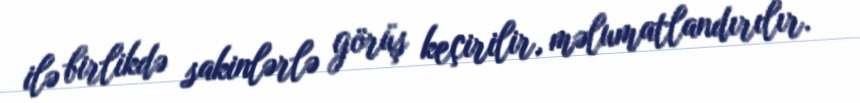
ilə birlikdə sakinlərlə görüş keçirilir, məlumatlandırılır.